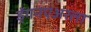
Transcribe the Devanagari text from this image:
ड्रॅगनएअरला